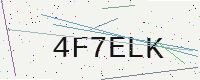
Text: 4F7ELK